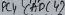
Text: ADC4